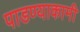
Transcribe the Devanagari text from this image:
पाडण्याकामी